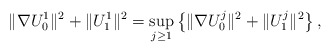
\begin{align*}\| \nabla U_0^1 \|^2 + \| U^1_1 \|^2 = \sup_{j \geq 1} \left \{ \| \nabla U^j_0 \|^2 + \| U^j_1 \|^2 \right \},\end{align*}